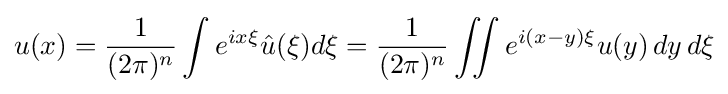
u(x)={\frac {1}{(2\pi )^{n}}}\int e^{ix\xi }{\hat {u}}(\xi )d\xi ={\frac {1}{(2\pi )^{n}}}\iint e^{i(x-y)\xi }u(y)\,dy\,d\xi